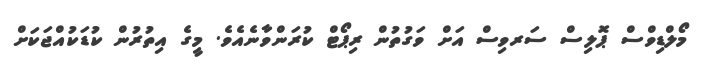
މޯލްޑިވްސް ޕޮލިސް ސަރވިސް އަށް ވަގުތުން ރިޕޯޓް ކުރަންވާނެއެވެ. މީގެ އިތުރުން ކުޑަކުއްޖަކަށް